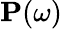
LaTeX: \mathbf P(\omega)